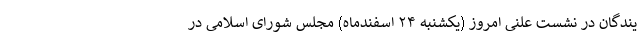
یندگان در نشست علنی امروز (یکشنبه ۲۴ اسفندماه) مجلس شورای اسلامی در